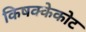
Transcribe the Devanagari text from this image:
किषक्केकोट